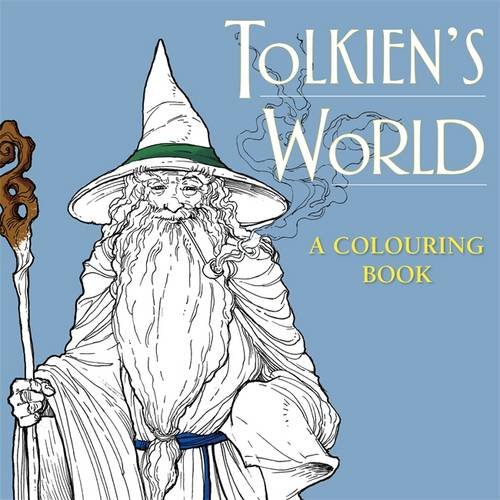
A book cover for Tolkien's World: A Colouring Book; Humor & Entertainment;